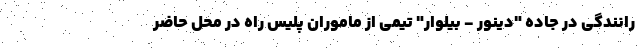
رانندگی در جاده "دینور - بیلوار" تیمی از ماموران پلیس راه در محل حاضر